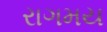
રાગમય